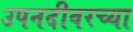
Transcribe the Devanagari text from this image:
उपनदीवरच्या